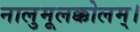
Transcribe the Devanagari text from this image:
नालुमूलक्कोलम्।